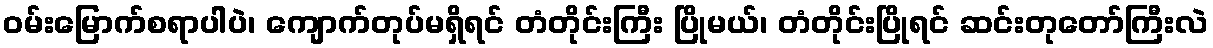
ဝမ်းမြောက်စရာပါပဲ၊ ကျောက်တုပ်မရှိရင် တံတိုင်းကြီး ပြိုမယ်၊ တံတိုင်းပြိုရင် ဆင်းတုတော်ကြီးလဲ